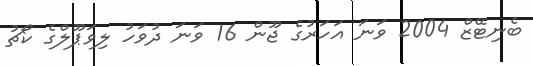
ބެނިޓޭޒް 2004 ވަނަ އަހަރުގެ ޖޫން 16 ވަނަ ދުވަހު ލިވަޕޫލްގެ ކޯޗު